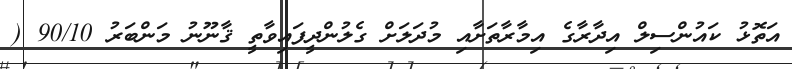
އަތޮޅު ކައުންސިލް އިދާރާގެ އިމާރާތަށާއި މުދަލަށް ގެލުންދީފައިވާތީ ޤާނޫނު މަންބަރު 90/10 (